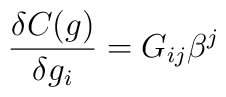
{\delta C(g)\over \delta g_i}=G_{ij}\beta^j